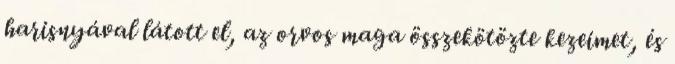
harisnyával látott el, az orvos maga összekötözte kezeimet, és